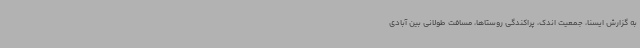
به گزارش ایسنا، جمعیت اندک، پراکندگی روستاها، مسافت طولانی بین آبادی